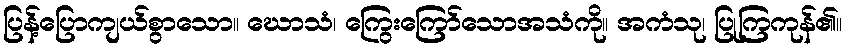
ပြန့်ပြောကျယ်စွာသော။ ဃောသံ၊ ကြွေးကြော်သောအသံကို။ အကံသု၊ ပြုကြကုန်၏။